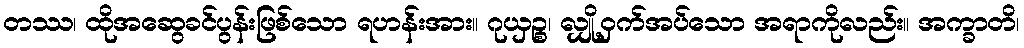
တဿ၊ ထိုအဆွေခင်ပွန်းဖြစ်သော ရဟန်းအား။ ဂုယှဉ္စ၊ လျှို့ဝှက်အပ်သော အရာကိုလည်း။ အက္ခာတိ၊